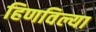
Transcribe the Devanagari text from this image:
हिणविल्या